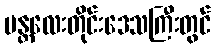
မန္တလေးတိုင်းဒေသကြီးတွင်